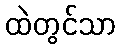
ထဲတွင်သာ